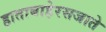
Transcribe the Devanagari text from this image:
हाताबाहेरसजाते